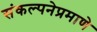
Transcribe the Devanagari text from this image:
संकल्पनेप्रमाणे